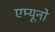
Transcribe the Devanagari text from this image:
एम्यूनो